Scottish Leaving Certificate Examination, 1958
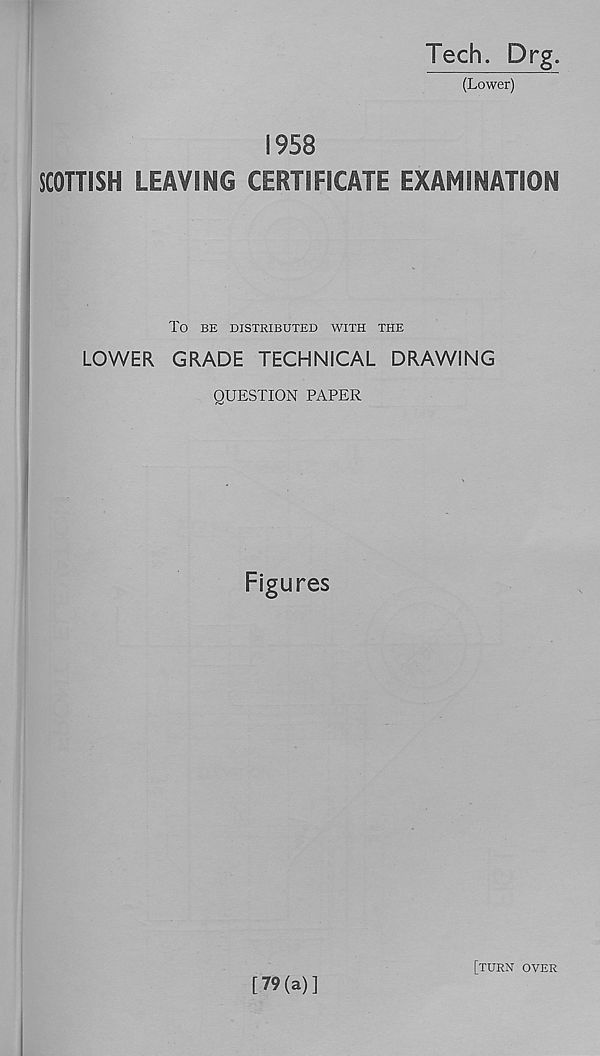
Tech. Drg.
(Lower)
1958
SCOTTISH LEAVING CERTIFICATE EXAMINATION
To BE DISTRIBUTED WITH THE
LOWER GRADE TECHNICAL DRAWING
QUESTION PAPER
Figures
[79(a)]
[turn over